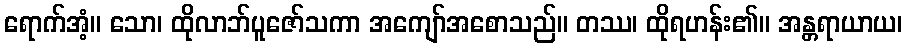
ရောက်အံ့။ သော၊ ထိုလာဘ်ပူဇော်သကာ အကျော်အစောသည်။ တဿ၊ ထိုရဟန်း၏။ အန္တရာယာယ၊